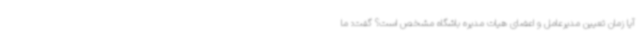
آیا زمان تعیین مدیرعامل و اعضای هیات مدیره باشگاه مشخص است؟ گفت: ما